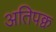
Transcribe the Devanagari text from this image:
अतिपक्व